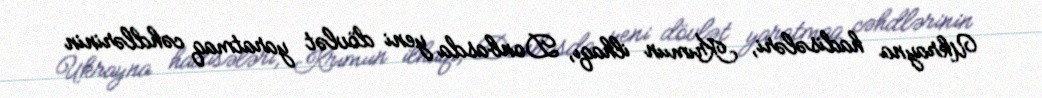
Ukrayna hadisələri, Krımıın ilhaqı, Donbasda yeni dövlət yaratmaq cəhdlərinin